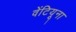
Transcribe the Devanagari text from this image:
वेंटियूना